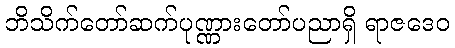
ဘိသိက်တော်ဆက်ပုဏ္ဏားတော်ပညာရှိ ရာဇဒေဝ